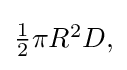
{\textstyle {\frac {1}{2}}\pi R^{2}D,}